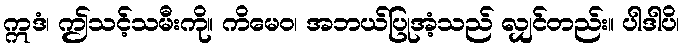
ဣဒံ၊ ဤသင့်သမီးကို။ ကိမေဝ၊ အဘယ်ပြုအံ့သည် လျှင်တည်း။ ပါဒါပိ၊